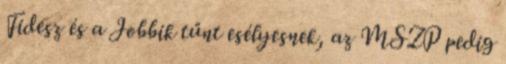
Fidesz és a Jobbik tűnt esélyesnek, az MSZP pedig